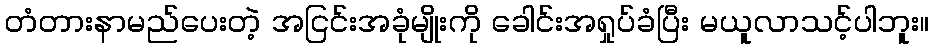
တံတားနာမည်ပေးတဲ့ အငြင်းအခုံမျိုးကို ခေါင်းအရှုပ်ခံပြီး မယူလာသင့်ပါဘူး။